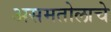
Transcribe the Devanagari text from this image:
असमतोलाचे